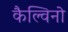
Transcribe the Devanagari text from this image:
कैल्विनो